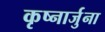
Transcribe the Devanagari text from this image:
कृष्नार्जुना